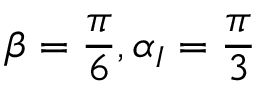
\beta = \frac { \pi } { 6 } , \alpha _ { I } = \frac { \pi } { 3 }